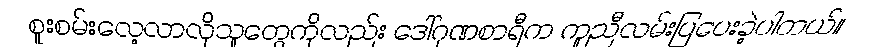
စူးစမ်းလေ့လာလိုသူတွေကိုလည်း ဒေါ်ဂုဏစာရီက ကူညီလမ်းပြပေးခဲ့ပါတယ်။